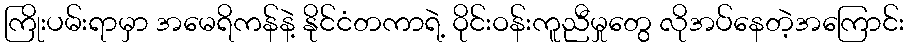
ကြိုးပမ်းရာမှာ အမေရိကန်နဲ့ နိုင်ငံတကာရဲ့ ဝိုင်းဝန်းကူညီမှုတွေ လိုအပ်နေတဲ့အကြောင်း